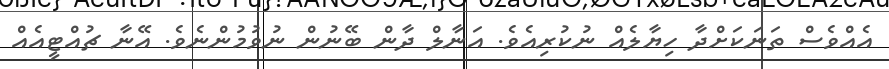
އެއްވެސް ތަނަކަށްދާ ހިޔާލެއް ނުކުރިއެވެ. އަނާލް ދާން ބޭނުން ނުވުމުންނެވެ. އޭނާ ޗުއްޓީއެއް